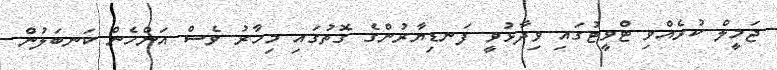
ޖަމީލް ކުރެއްވި ޓްވީޓުގައި ވިދާޅުވީ ފަނޑިޔާރުންގެ ގޮތުގައި މިހާރު ވެސް އަންހެން ކަނބަލުން